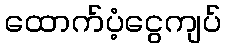
ထောက်ပံ့ငွေကျပ်